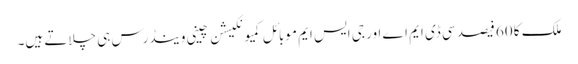
ملک کا 60 فیصد سی ڈی ایم اے اور جی ایس ایم موبائل کمیونکیشن چینی وینڈرس ہی چلاتے ہیں۔